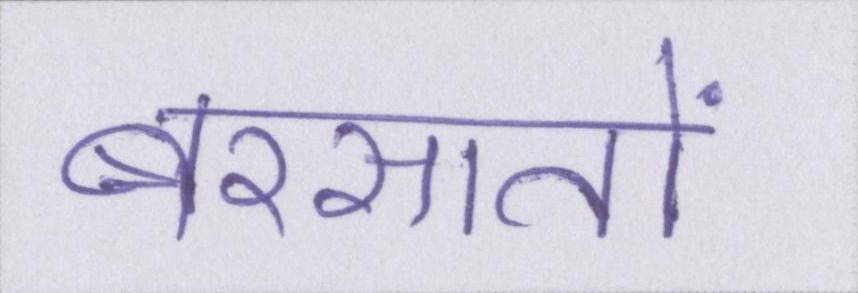
बरसातों